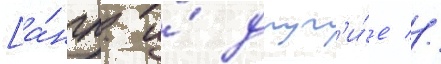
[а́нгл. и́ друг'и́е //